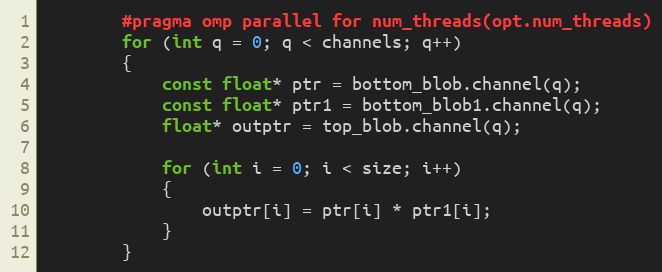
Language: C++
        #pragma omp parallel for num_threads(opt.num_threads)
        for (int q = 0; q < channels; q++)
        {
            const float* ptr = bottom_blob.channel(q);
            const float* ptr1 = bottom_blob1.channel(q);
            float* outptr = top_blob.channel(q);

            for (int i = 0; i < size; i++)
            {
                outptr[i] = ptr[i] * ptr1[i];
            }
        }